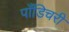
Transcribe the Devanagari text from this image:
पाँडिचरी